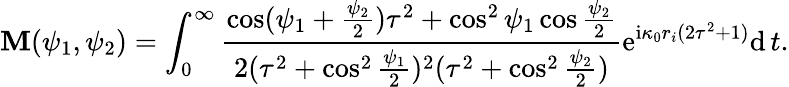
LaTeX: \mathbf{M}(\psi_{1},\psi_{2})=\int_{0}^{\infty}\frac{{\cos(\psi_{1}+\frac{{\psi_{2}}}{{2}})\tau^{2}+\cos^{2}\psi_{1}\cos\frac{{\psi_{2}}}{{2}}}}{{2(\tau^{2}+\cos^{2}\frac{{\psi_{1}}}{{2}})^{2}(\tau^{2}+\cos^{2}\frac{{\psi_{2}}}{{2}})}}\mathrm{{e}}^{\mathrm{{i}}\kappa_{0}r_{i}(2\tau^{2}+1)}\mathrm{{d}}\, t.